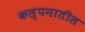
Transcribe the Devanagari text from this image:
कल्पनातील